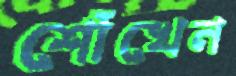
শোঁখেন